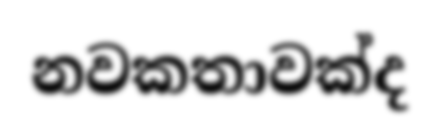
නවකතාවක්ද